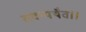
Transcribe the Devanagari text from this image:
तदन्यथैव।।